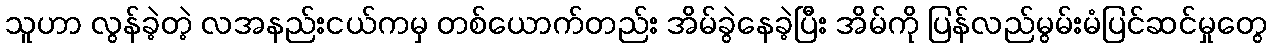
သူဟာ လွန်ခဲ့တဲ့ လအနည်းငယ်ကမှ တစ်ယောက်တည်း အိမ်ခွဲနေခဲ့ပြီး အိမ်ကို ပြန်လည်မွမ်းမံပြင်ဆင်မှုတွေ